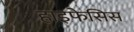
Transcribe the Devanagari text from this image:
हाइफेसिस